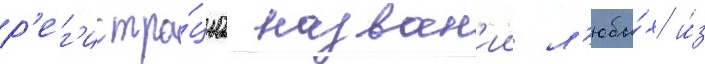
р'ег'истра́циа назван'ии л'юбы́х и́з